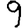
Digit: 9